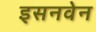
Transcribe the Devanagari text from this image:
इसनवेन